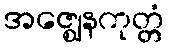
အဇ္ဈေနကုတ္တံ